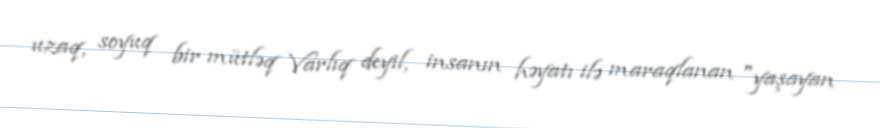
uzaq, soyuq bir mütləq Varlıq deyil, insanın həyatı ilə maraqlanan "yaşayan